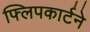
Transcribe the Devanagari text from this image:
फ्लिपकार्टने